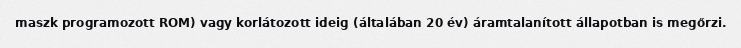
maszk programozott ROM) vagy korlátozott ideig (általában 20 év) áramtalanított állapotban is megőrzi.